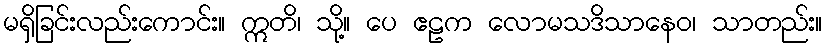
မရှိခြင်းလည်းကောင်း။ ဣတိ၊ သို့။ ပေ ဧဠက လောမသဒိသာနေဝ၊ သာတည်း။